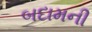
બદામની